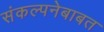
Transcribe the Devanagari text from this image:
संकल्पनेबाबत